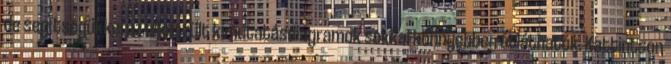
de segítségükkel az elkészült kimutatásdiagramok sokkal könnyebben átláthatók. Kattintson